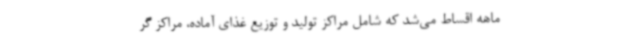
ماهه اقساط می‌شد که شامل مراکز تولید و توزیع غذای آماده، مراکز گر